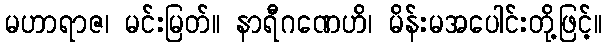
မဟာရာဇ၊ မင်းမြတ်။ နာရီဂဏေဟိ၊ မိန်းမအပေါင်းတို့ဖြင့်။